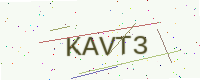
Text: KAVT3